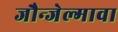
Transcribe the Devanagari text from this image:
जौन्जेल्गावा